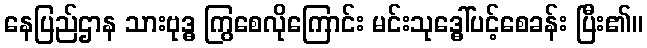
နေပြည်ဌာန သားဗုဒ္ဓ ကြွစေလိုကြောင်း မင်းသုဒ္ဓေါ်ပင့်စေခန်း ပြီး၏။